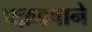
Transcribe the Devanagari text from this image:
पक़डवाने